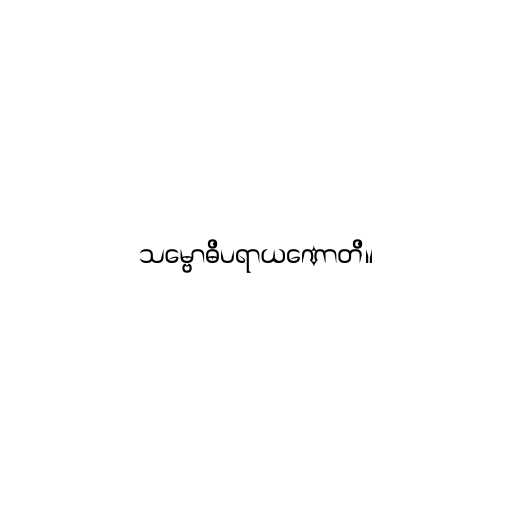
သမ္ဗောဓိပရာယဏောတိ။